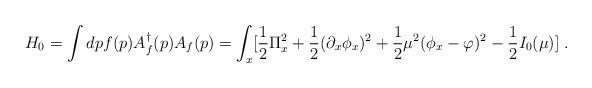
LaTeX: \begin{align*}H_0=\int dp f(p) A^\dagger_f(p)A_f(p)=\int_x [ {\frac {1}{2}}\Pi^{2}_x +{\frac {1}{2}}(\partial_x \phi_x)^2 + {\frac {1}{2}}\mu^2 (\phi_x-\varphi)^2 -{\frac {1}{2}}I_0(\mu)] \;.\end{align*}